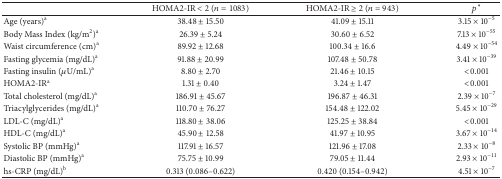
<table><thead><tr><td><b> </b></td><td><b>HOMA2-IR &lt; 2 (<i>n</i> = 1083)</b></td><td><b>HOMA2-IR ≥ 2 (<i>n</i> = 943)</b></td><td><b><i>p</i><sup><i>∗</i></sup></b></td></tr></thead><tbody><tr><td>Age (years)<sup>a</sup></td><td>38.48 ± 15.50</td><td>41.09 ± 15.11</td><td>3.15 × 10<sup>−5</sup></td></tr><tr><td>Body Mass Index (kg/m<sup>2</sup>)<sup>a</sup></td><td>26.39 ± 5.24</td><td>30.60 ± 6.52</td><td>7.13 × 10<sup>−55</sup></td></tr><tr><td>Waist circumference (cm)<sup>a</sup></td><td>89.92 ± 12.68</td><td>100.34 ± 16.6</td><td>4.49 × 10<sup>−54</sup></td></tr><tr><td>Fasting glycemia (mg/dL)<sup>a</sup></td><td>91.88 ± 20.99</td><td>107.48 ± 50.78</td><td>3.41 × 10<sup>−39</sup></td></tr><tr><td>Fasting insulin (<i>μ</i>U/mL)<sup>a</sup></td><td>8.80 ± 2.70</td><td>21.46 ± 10.15</td><td>&lt;0.001</td></tr><tr><td>HOMA2-IR<sup>a</sup></td><td>1.31 ± 0.40</td><td>3.24 ± 1.47</td><td>&lt;0.001</td></tr><tr><td>Total cholesterol (mg/dL)<sup>a</sup></td><td>186.91 ± 45.67</td><td>196.87 ± 46.31</td><td>2.39 × 10<sup>−7</sup></td></tr><tr><td>Triacylglycerides (mg/dL)<sup>a</sup></td><td>110.70 ± 76.27</td><td>154.48 ± 122.02</td><td>5.45 × 10<sup>−29</sup></td></tr><tr><td>LDL-C (mg/dL)<sup>a</sup></td><td>118.80 ± 38.06</td><td>125.25 ± 38.84</td><td>&lt;0.001</td></tr><tr><td>HDL-C (mg/dL)<sup>a</sup></td><td>45.90 ± 12.58</td><td>41.97 ± 10.95</td><td>3.67 × 10<sup>−14</sup></td></tr><tr><td>Systolic BP (mmHg)<sup>a</sup></td><td>117.91 ± 16.57</td><td>121.96 ± 17.08</td><td>2.33 × 10<sup>−8</sup></td></tr><tr><td>Diastolic BP (mmHg)<sup>a</sup></td><td>75.75 ± 10.99</td><td>79.05 ± 11.44</td><td>2.93 × 10<sup>−11</sup></td></tr><tr><td>hs-CRP (mg/dL)<sup>b</sup></td><td>0.313 (0.086–0.622)</td><td>0.420 (0.154–0.942)</td><td>4.51 × 10<sup>−7</sup></td></tr></tbody></table>